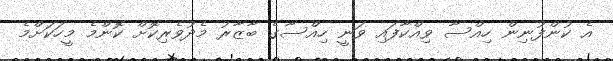
އެ ކުންފުނިން ހިއްސާ ވިއްކާފައި ވަނީ ހިއްސާގެ ބާޒާރު މެދުވެރިކޮށް ކޮންމެ މީހަކަށްމެ